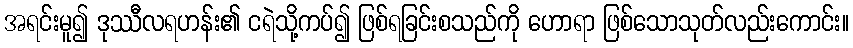
အရင်းမူ၍ ဒုဿီလရဟန်း၏ ငရဲသို့ကပ်၍ ဖြစ်ရခြင်းစသည်ကို ဟောရာ ဖြစ်သောသုတ်လည်းကောင်း။